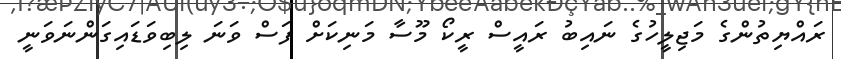
ރައްޔިތުންގެ މަޖިލީހުގެ ނައިބު ރައީސް ރީކޯ މޫސާ މަނިކަށް ފަސް ވަނަ ލިބިވަޑައިގަންނަވަނީ